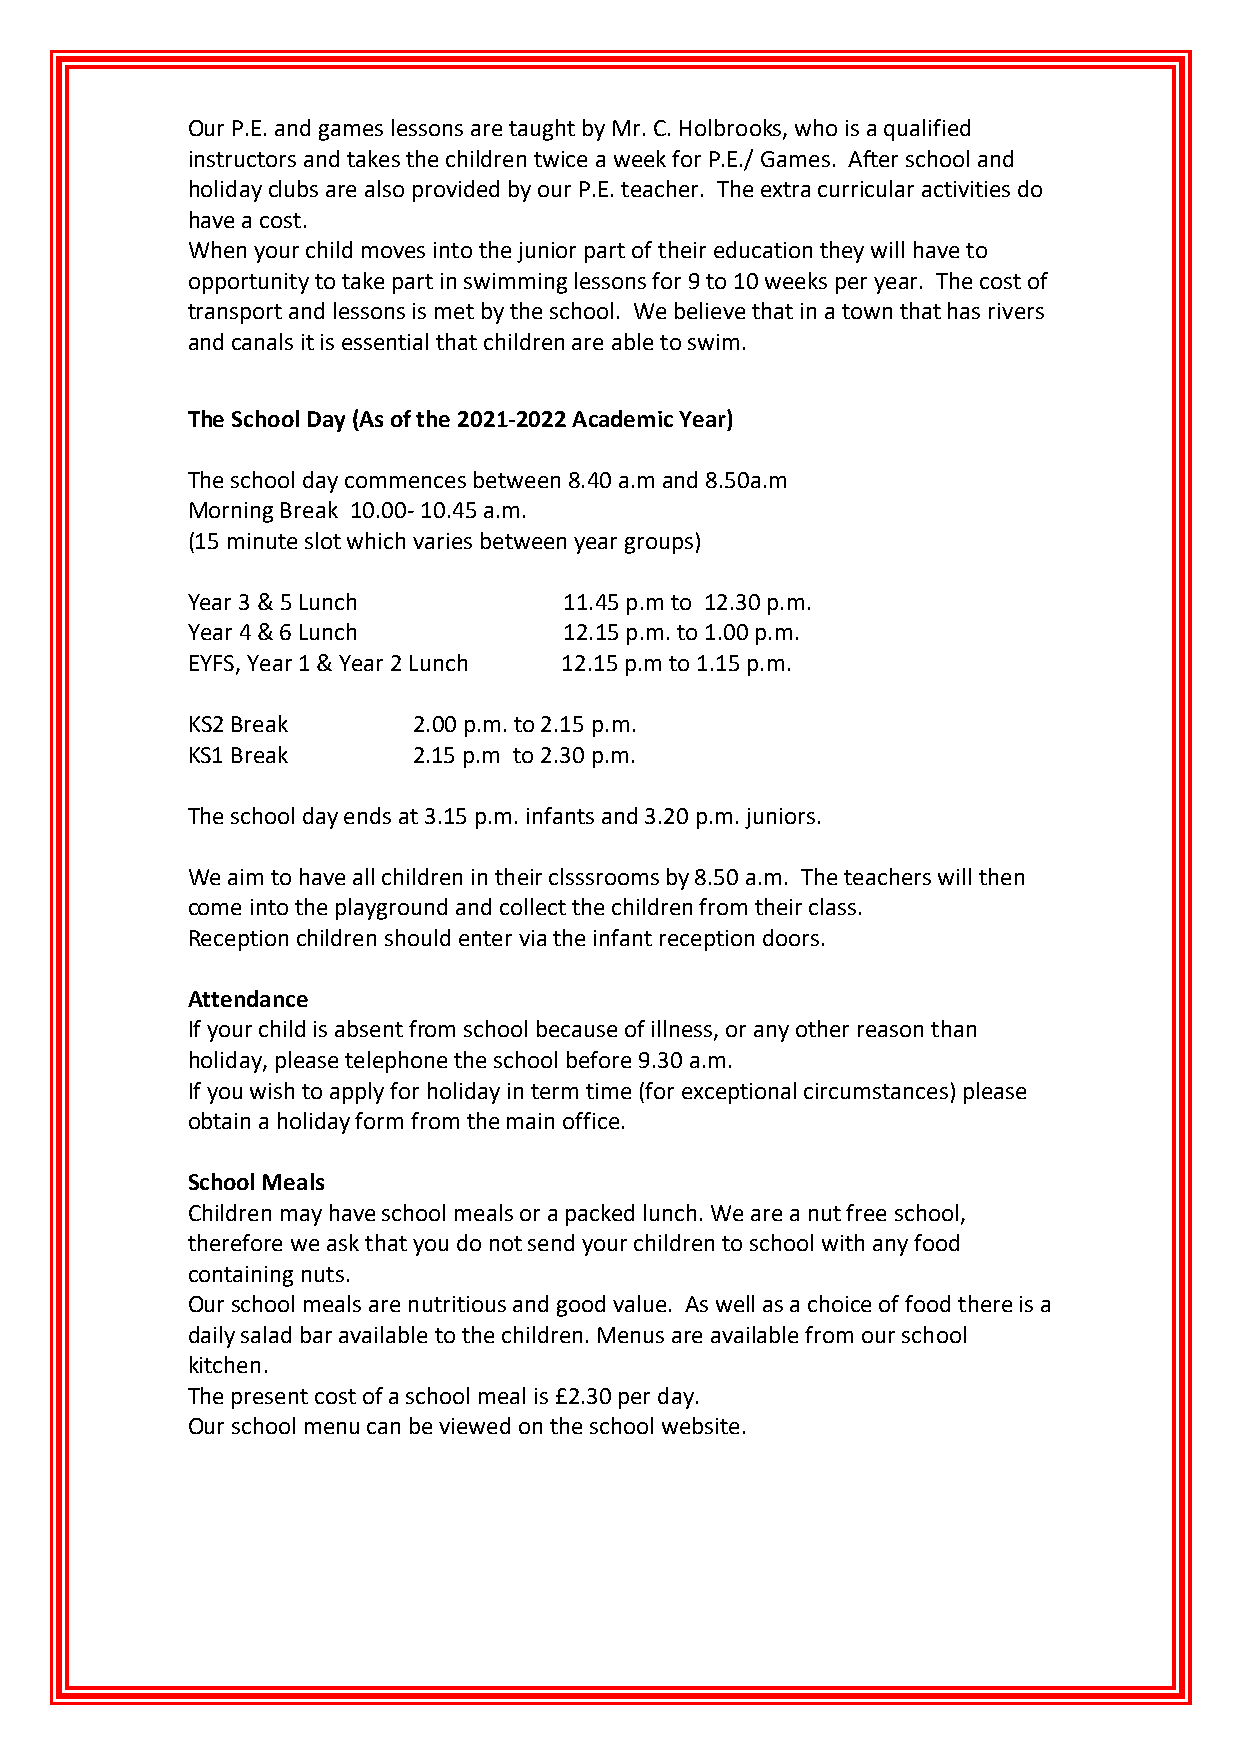
Our P.E. and games lessons are taught by Mr. C. Holbrooks, who is a qualified
 instructors and takes the children twice a week for P.E./ Games. After school and
 holiday clubs are also provided by our P.E. teacher. The extra curricular activities do
 have a cost.
 When your child moves into the junior part of their education they will have to
 opportunity to take part in swimming lessons for 9 to 10 weeks per year. The cost of
 transport and lessons is met by the school. We believe that in a town that has rivers
 and canals it is essential that children are able to swim.
 The School Day (As of the 2021-2022 Academic Year)
 The school day commences between 8.40 a.m and 8.50a.m
 Morning Break 10.00- 10.45 a.m.
 (15 minute slot which varies between year groups)
 Year 3 & 5 Lunch         11.45 p.m to 12.30 p.m.
 Year 4 & 6 Lunch         12.15 p.m. to 1.00 p.m.
 EYFS, Year 1 & Year 2 Lunch 12.15 p.m to 1.15 p.m.
 KS2 Break      2.00 p.m. to 2.15 p.m.
 KS1 Break      2.15 p.m to 2.30 p.m.
 The school day ends at 3.15 p.m. infants and 3.20 p.m. juniors.
 We aim to have all children in their clsssrooms by 8.50 a.m. The teachers will then
 come into the playground and collect the children from their class.
 Reception children should enter via the infant reception doors.
 Attendance
 If your child is absent from school because of illness, or any other reason than
 holiday, please telephone the school before 9.30 a.m.
 If you wish to apply for holiday in term time (for exceptional circumstances) please
 obtain a holiday form from the main office.
 School Meals
 Children may have school meals or a packed lunch. We are a nut free school,
 therefore we ask that you do not send your children to school with any food
 containing nuts.
 Our school meals are nutritious and good value. As well as a choice of food there is a
 daily salad bar available to the children. Menus are available from our school
 kitchen.
 The present cost of a school meal is £2.30 per day.
 Our school menu can be viewed on the school website.